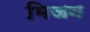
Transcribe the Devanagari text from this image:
मिजन